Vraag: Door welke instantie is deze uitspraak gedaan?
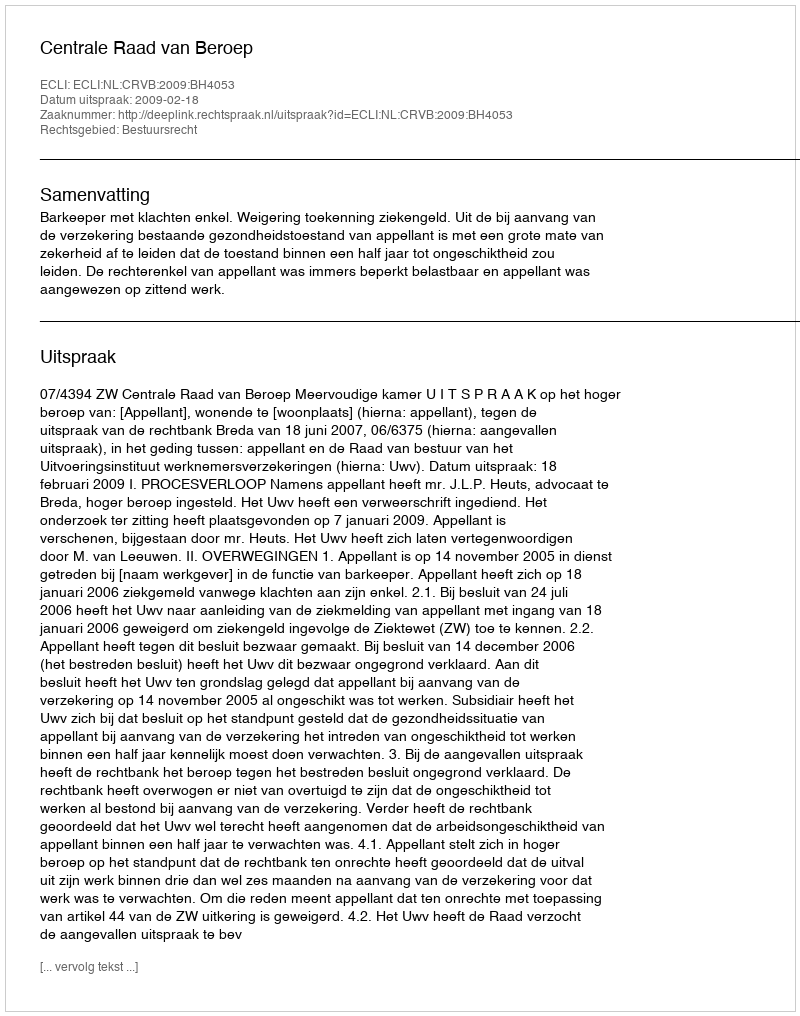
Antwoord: Centrale Raad van Beroep